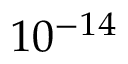
1 0 ^ { - 1 4 }